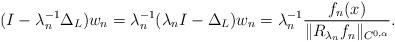
LaTeX: \begin{align*} (I - \lambda_n^{-1} \Delta_L) w_n = \lambda_n^{-1} ( \lambda_n I - \Delta_L )w_n = \lambda_n^{-1} \frac{f_n(x)}{\|R_{\lambda_n} f_n\|_{C^{0,\alpha}}}.\end{align*}